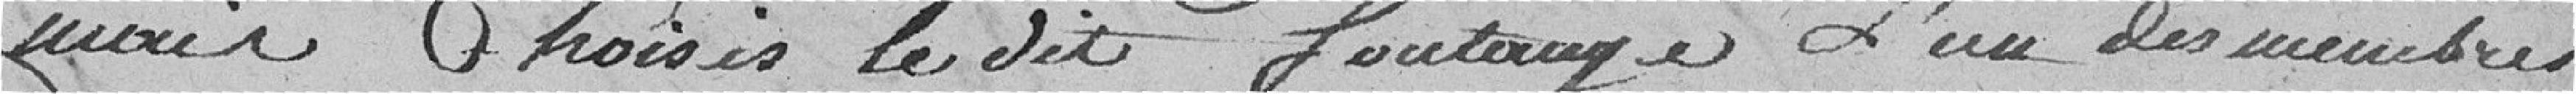
mais Choisis le dit fontange L'un des membres